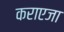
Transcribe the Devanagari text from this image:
कराएजा